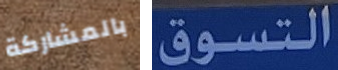
بالمشاركة التسوق